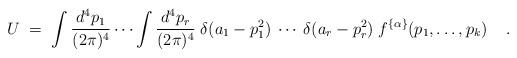
LaTeX: \begin{align*}U \;=\;\int \frac{d^4 p_1}{(2 \pi)^4} \cdots \int \frac{d^4 p_r}{(2 \pi)^4}\; \delta(a_1 - p_1^2) \:\cdots\: \delta(a_r - p_r^2) \;f^{\{\alpha\}}(p_1,\ldots,p_k) \;\;\;\; . \end{align*}